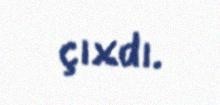
çıxdı.